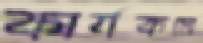
কার্যকমে